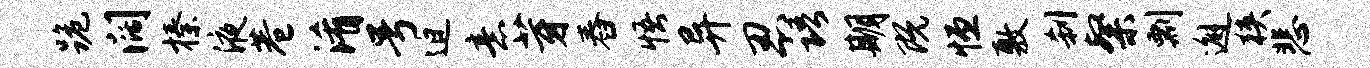
跪阔榛液巷淆号迫意芽舂悟异忍语期既恒敷刹粲剽邂狭悲